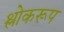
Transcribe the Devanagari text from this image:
श्लोकरूप